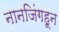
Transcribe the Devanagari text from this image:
नानजिंगहून